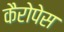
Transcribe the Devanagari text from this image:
कैरोपेस